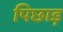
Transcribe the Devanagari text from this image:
पिछाड़